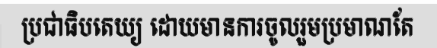
ប្រជាធិបតេយ្យ ដោយមានការចូលរួមប្រមាណតែ